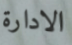
الادارة